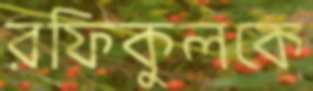
রফিকুলকে